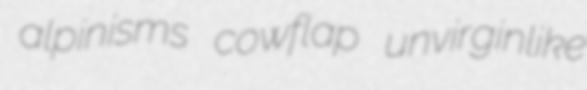
alpinisms cowflap unvirginlike